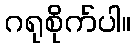
ဂရုစိုက်ပါ။